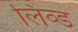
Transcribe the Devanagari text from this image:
लिव्ड